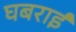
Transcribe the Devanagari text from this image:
घबराईं